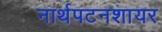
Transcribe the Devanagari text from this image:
नार्थपटनशायर